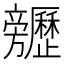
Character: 𣄬